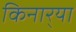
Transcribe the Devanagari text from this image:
किनार्‍या